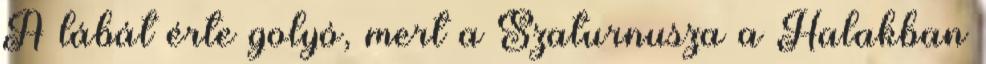
A lábát érte golyó, mert a Szaturnusza a Halakban